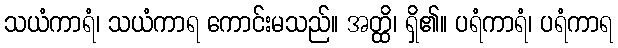
သယံကာရံ၊ သယံကာရ ကောင်းမသည်။ အတ္ထိ၊ ရှိ၏။ ပရံကာရံ၊ ပရံကာရ